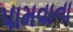
પામવાના